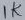
Text: 1K